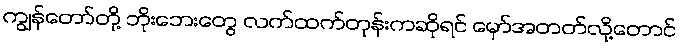
ကျွန်တော်တို့ ဘိုးဘေးတွေ လက်ထက်တုန်းကဆိုရင် မှော်အတတ်လို့တောင်